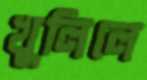
খুলিলে